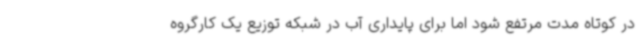
در کوتاه مدت مرتفع شود اما برای پایداری آب در شبکه توزیع یک کارگروه